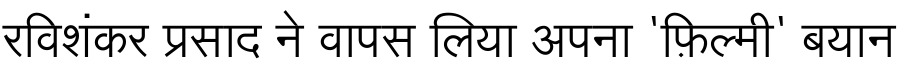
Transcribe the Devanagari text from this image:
रविशंकर प्रसाद ने वापस लिया अपना 'फ़िल्मी' बयान